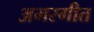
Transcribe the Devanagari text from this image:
अमरगीत